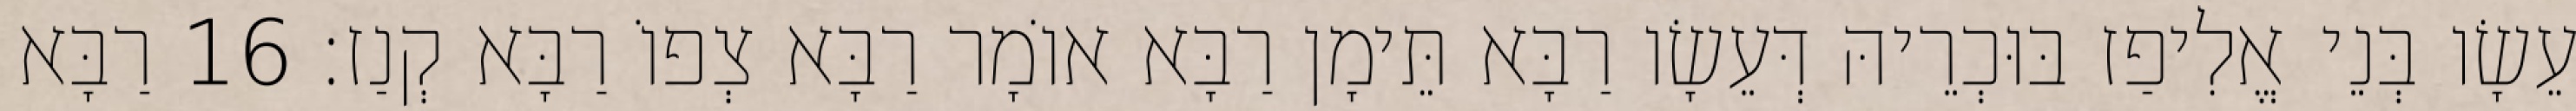
עֵשָׂו בְּנֵי אֱלִיפַז בּוּכְרֵיהּ דְּעֵשָׂו רַבָּא תֵּימָן רַבָּא אוֹמָר רַבָּא צְפוֹ רַבָּא קְנַז׃ 16 רַבָּא